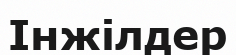
Інжілдер